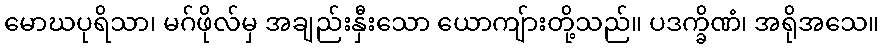
မောဃပုရိသာ၊ မဂ်ဖိုလ်မှ အချည်းနှီးသော ယောကျ်ားတို့သည်။ ပဒက္ခိဏံ၊ အရိုအသေ။